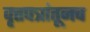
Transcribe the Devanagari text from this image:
वृत्तपत्रांतूनच